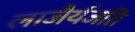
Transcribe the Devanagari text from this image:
लाजैर्यजति